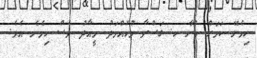
ހިމެނޭ ކަމަށް ބުނާ ހ. ގަސްވާ މުހައްމަދު މީއާދު ވެސް ހިމެނެ އެވެ.